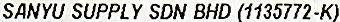
SANYU SUPPLY SDN BHD (1135772-K)